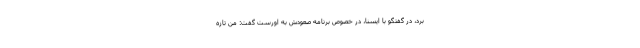
برد، در گفتگو با ایسنا، در خصوص برنامه صعودش به اورست گفت: من تازه